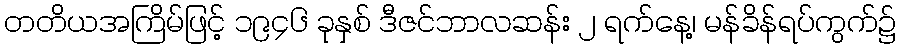
တတိယအကြိမ်ဖြင့် ၁၉၄၆ ခုနှစ် ဒီဇင်ဘာလဆန်း ၂ ရက်နေ့၊ မန်ခိန်ရပ်ကွက်၌